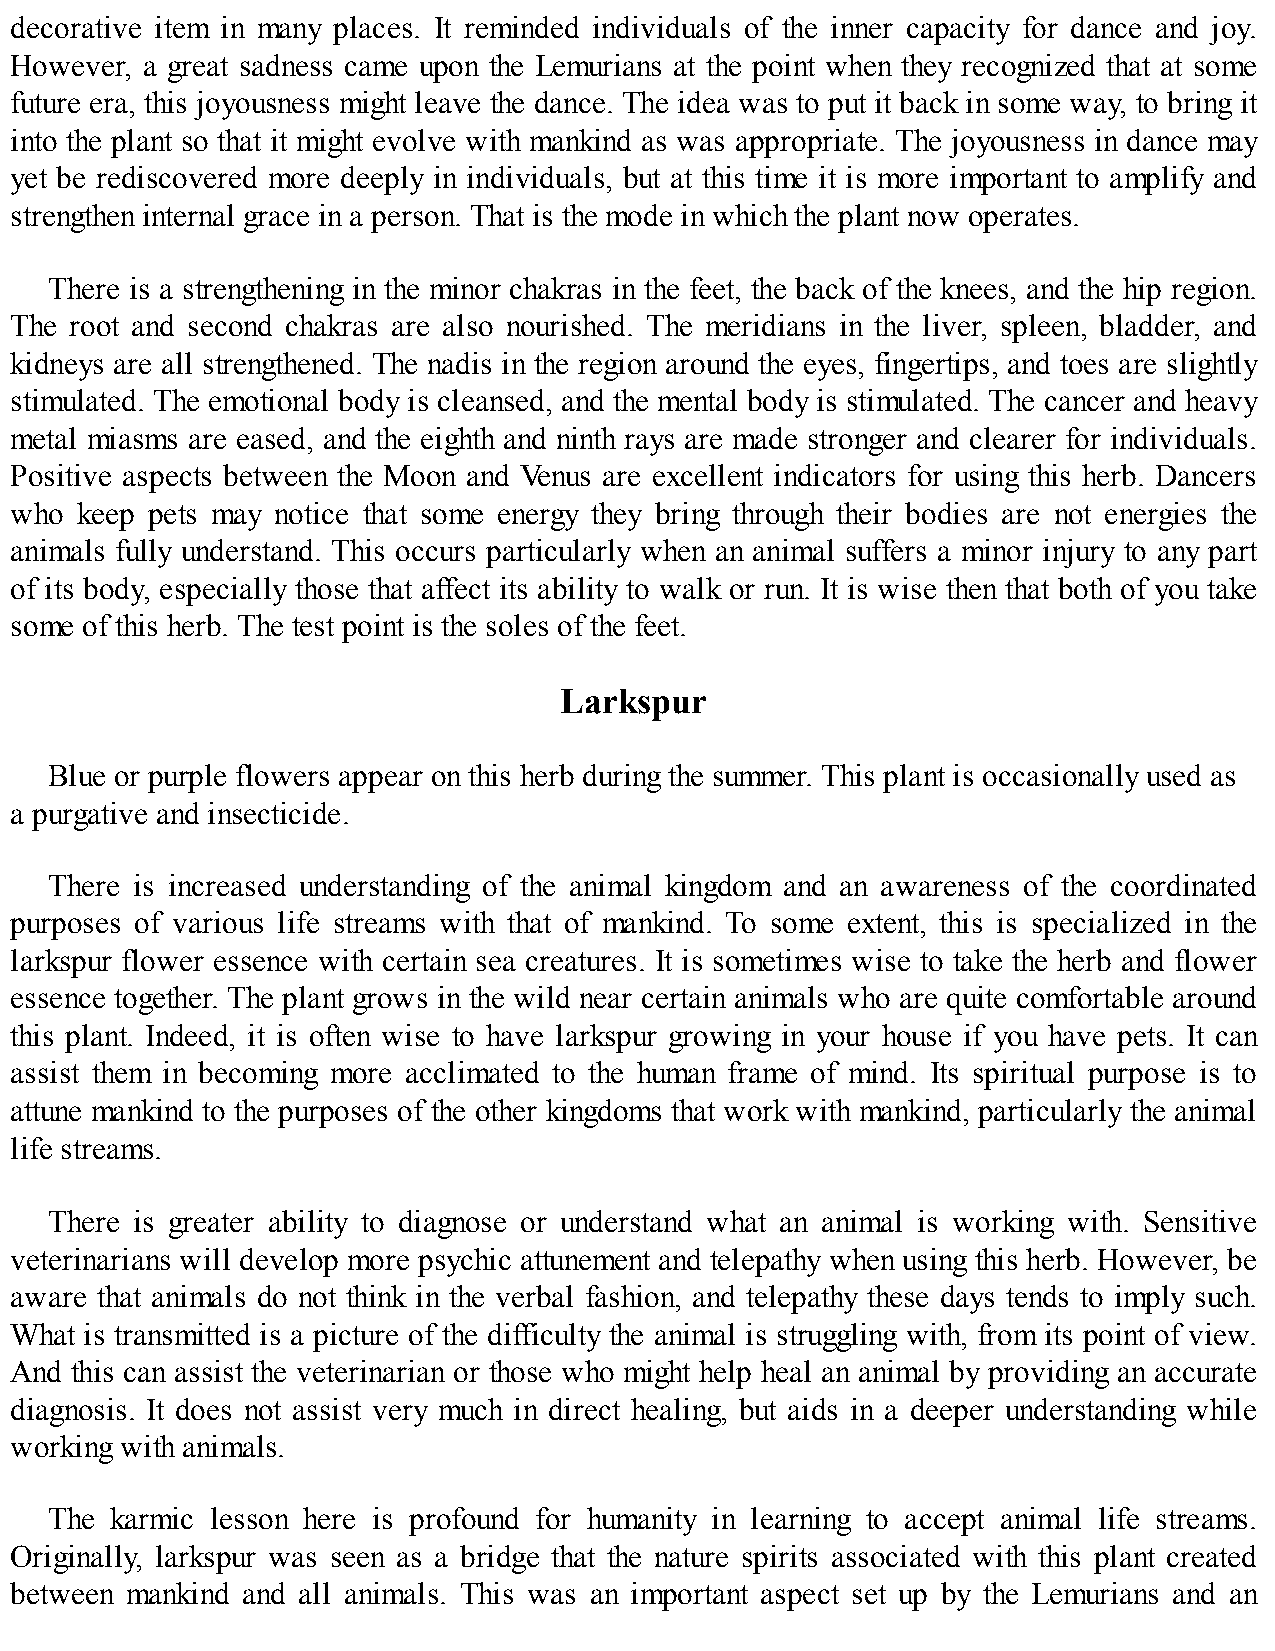
decorative item in many places. It reminded individuals of the inner capacity for dance and joy.
 However, a great sadness came upon the Lemurians at the point when they recognized that at some
 future era, this joyousness might leave the dance. The idea was to put it back in some way, to bring it
 into the plant so that it might evolve with mankind as was appropriate. The joyousness in dance may
 yet be rediscovered more deeply in individuals, but at this time it is more important to amplify and
 strengthen internal grace in a person. That is the mode in which the plant now operates.
 There is a strengthening in the minor chakras in the feet, the back of the knees, and the hip region.
 The root and second chakras are also nourished. The meridians in the liver, spleen, bladder, and
 kidneys are all strengthened. The nadis in the region around the eyes, fingertips, and toes are slightly
 stimulated. The emotional body is cleansed, and the mental body is stimulated. The cancer and heavy
 metal miasms are eased, and the eighth and ninth rays are made stronger and clearer for individuals.
 Positive aspects between the Moon and Venus are excellent indicators for using this herb. Dancers
 who keep pets may notice that some energy they bring through their bodies are not energies the
 animals fully understand. This occurs particularly when an animal suffers a minor injury to any part
 of its body, especially those that affect its ability to walk or run. It is wise then that both of you take
 some of this herb. The test point is the soles of the feet.
 Larkspur
 Blue or purple flowers appear on this herb during the summer. This plant is occasionally used as
 a purgative and insecticide.
 There is increased understanding of the animal kingdom and an awareness of the coordinated
 purposes of various life streams with that of mankind. To some extent, this is specialized in the
 larkspur flower essence with certain sea creatures. It is sometimes wise to take the herb and flower
 essence together. The plant grows in the wild near certain animals who are quite comfortable around
 this plant. Indeed, it is often wise to have larkspur growing in your house if you have pets. It can
 assist them in becoming more acclimated to the human frame of mind. Its spiritual purpose is to
 attune mankind to the purposes of the other kingdoms that work with mankind, particularly the animal
 life streams.
 There is greater ability to diagnose or understand what an animal is working with. Sensitive
 veterinarians will develop more psychic attunement and telepathy when using this herb. However, be
 aware that animals do not think in the verbal fashion, and telepathy these days tends to imply such.
 What is transmitted is a picture of the difficulty the animal is struggling with, from its point of view.
 And this can assist the veterinarian or those who might help heal an animal by providing an accurate
 diagnosis. It does not assist very much in direct healing, but aids in a deeper understanding while
 working with animals.
 The karmic lesson here is profound for humanity in learning to accept animal life streams.
 Originally, larkspur was seen as a bridge that the nature spirits associated with this plant created
 between mankind and all animals. This was an important aspect set up by the Lemurians and an